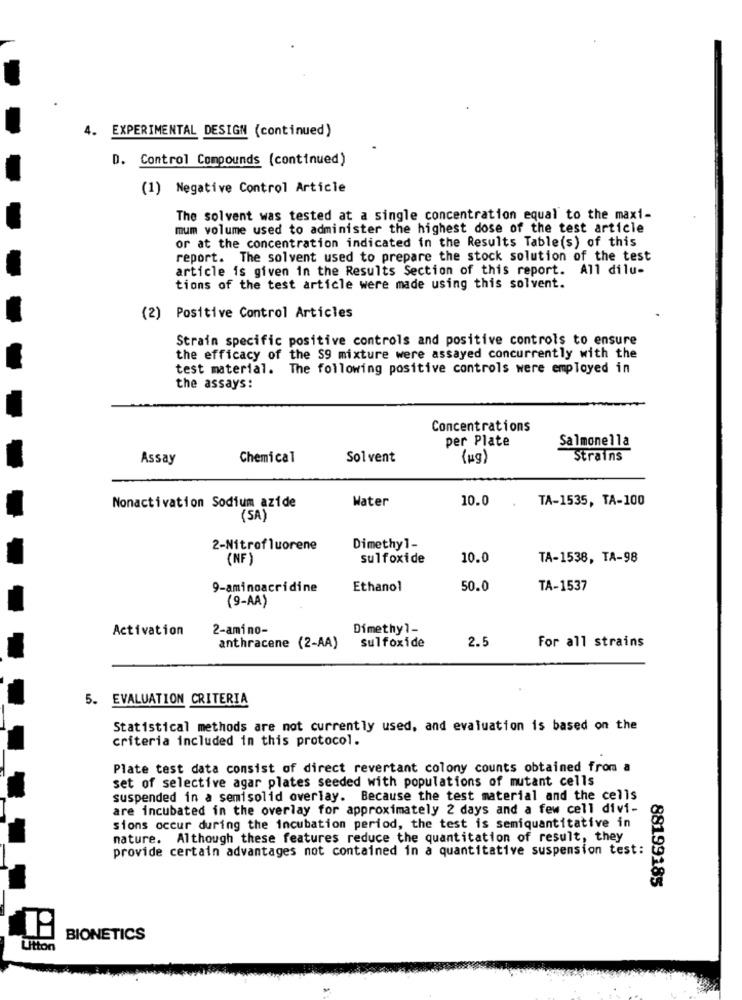
4. EXPERIMENTAL DESIGN (continued)
D. Control Compounds (continued)
(1) Negative Control Article
The solvent was tested at a single concentration equal to the maxi-
mum volume used to administer the highest dose of the test article
or at the concentration indicated in the Results Table(s) of this
report. The solvent used to prepare the stock solution of the test
article is given in the Results Section of this report. All dilu-
tions of the test article were made using this solvent.
(2) Positive Control Articles
Strain specific positive controls and positive controls to ensure
the efficacy of the S9 mixture were assayed concurrently with the
test material. The following positive controls were employed in
the assays:
Concentrations
per Plate
Salmonella
Assay
Chemical
Solvent
(kg)
Strains
Water
10.0
TA-1535, TA-100
Nonactivation Sodium azide
(SA)
2-Nitrofluorene
Dimethyl-
(NF )
sulfoxide
10.0
TA-1538, TA-98
9-aminoacridine
Ethanol
50.0
TA-1537
(9-AA)
Activation
2-amino-
Dimethyl-
2.5
For all strains
anthracene (2-AA)
sulfoxide
5. EVALUATION CRITERIA
Statistical methods are not currently used, and evaluation is based on the
criteria included in this protocol.
Plate test data consist of direct revertant colony counts obtained from a
set of selective agar plates seeded with populations of mutant cells
suspended in a semisolid overlay. Because the test material and the cells
are incubated in the overlay for approximately 2 days and a few cell divi-
sions occur during the incubation period, the test is semiquantitative in
nature. Although these features reduce the quantitation of result, they
provide certain advantages not contained in a quantitative suspension test:
88199185
BIONETICS
Utton